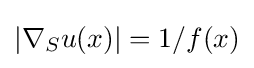
|\nabla _{S}u(x)|=1/f(x)